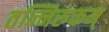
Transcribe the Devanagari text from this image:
तन्निरुक्तम्